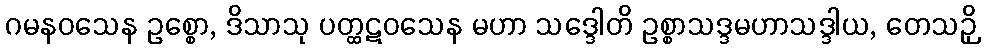
ဂမနဝသေန ဥစ္စော, ဒိသာသု ပတ္ထဋဝသေန မဟာ သဒ္ဒေါတိ ဥစ္စာသဒ္ဒမဟာသဒ္ဒါယ, တေသဉှိ